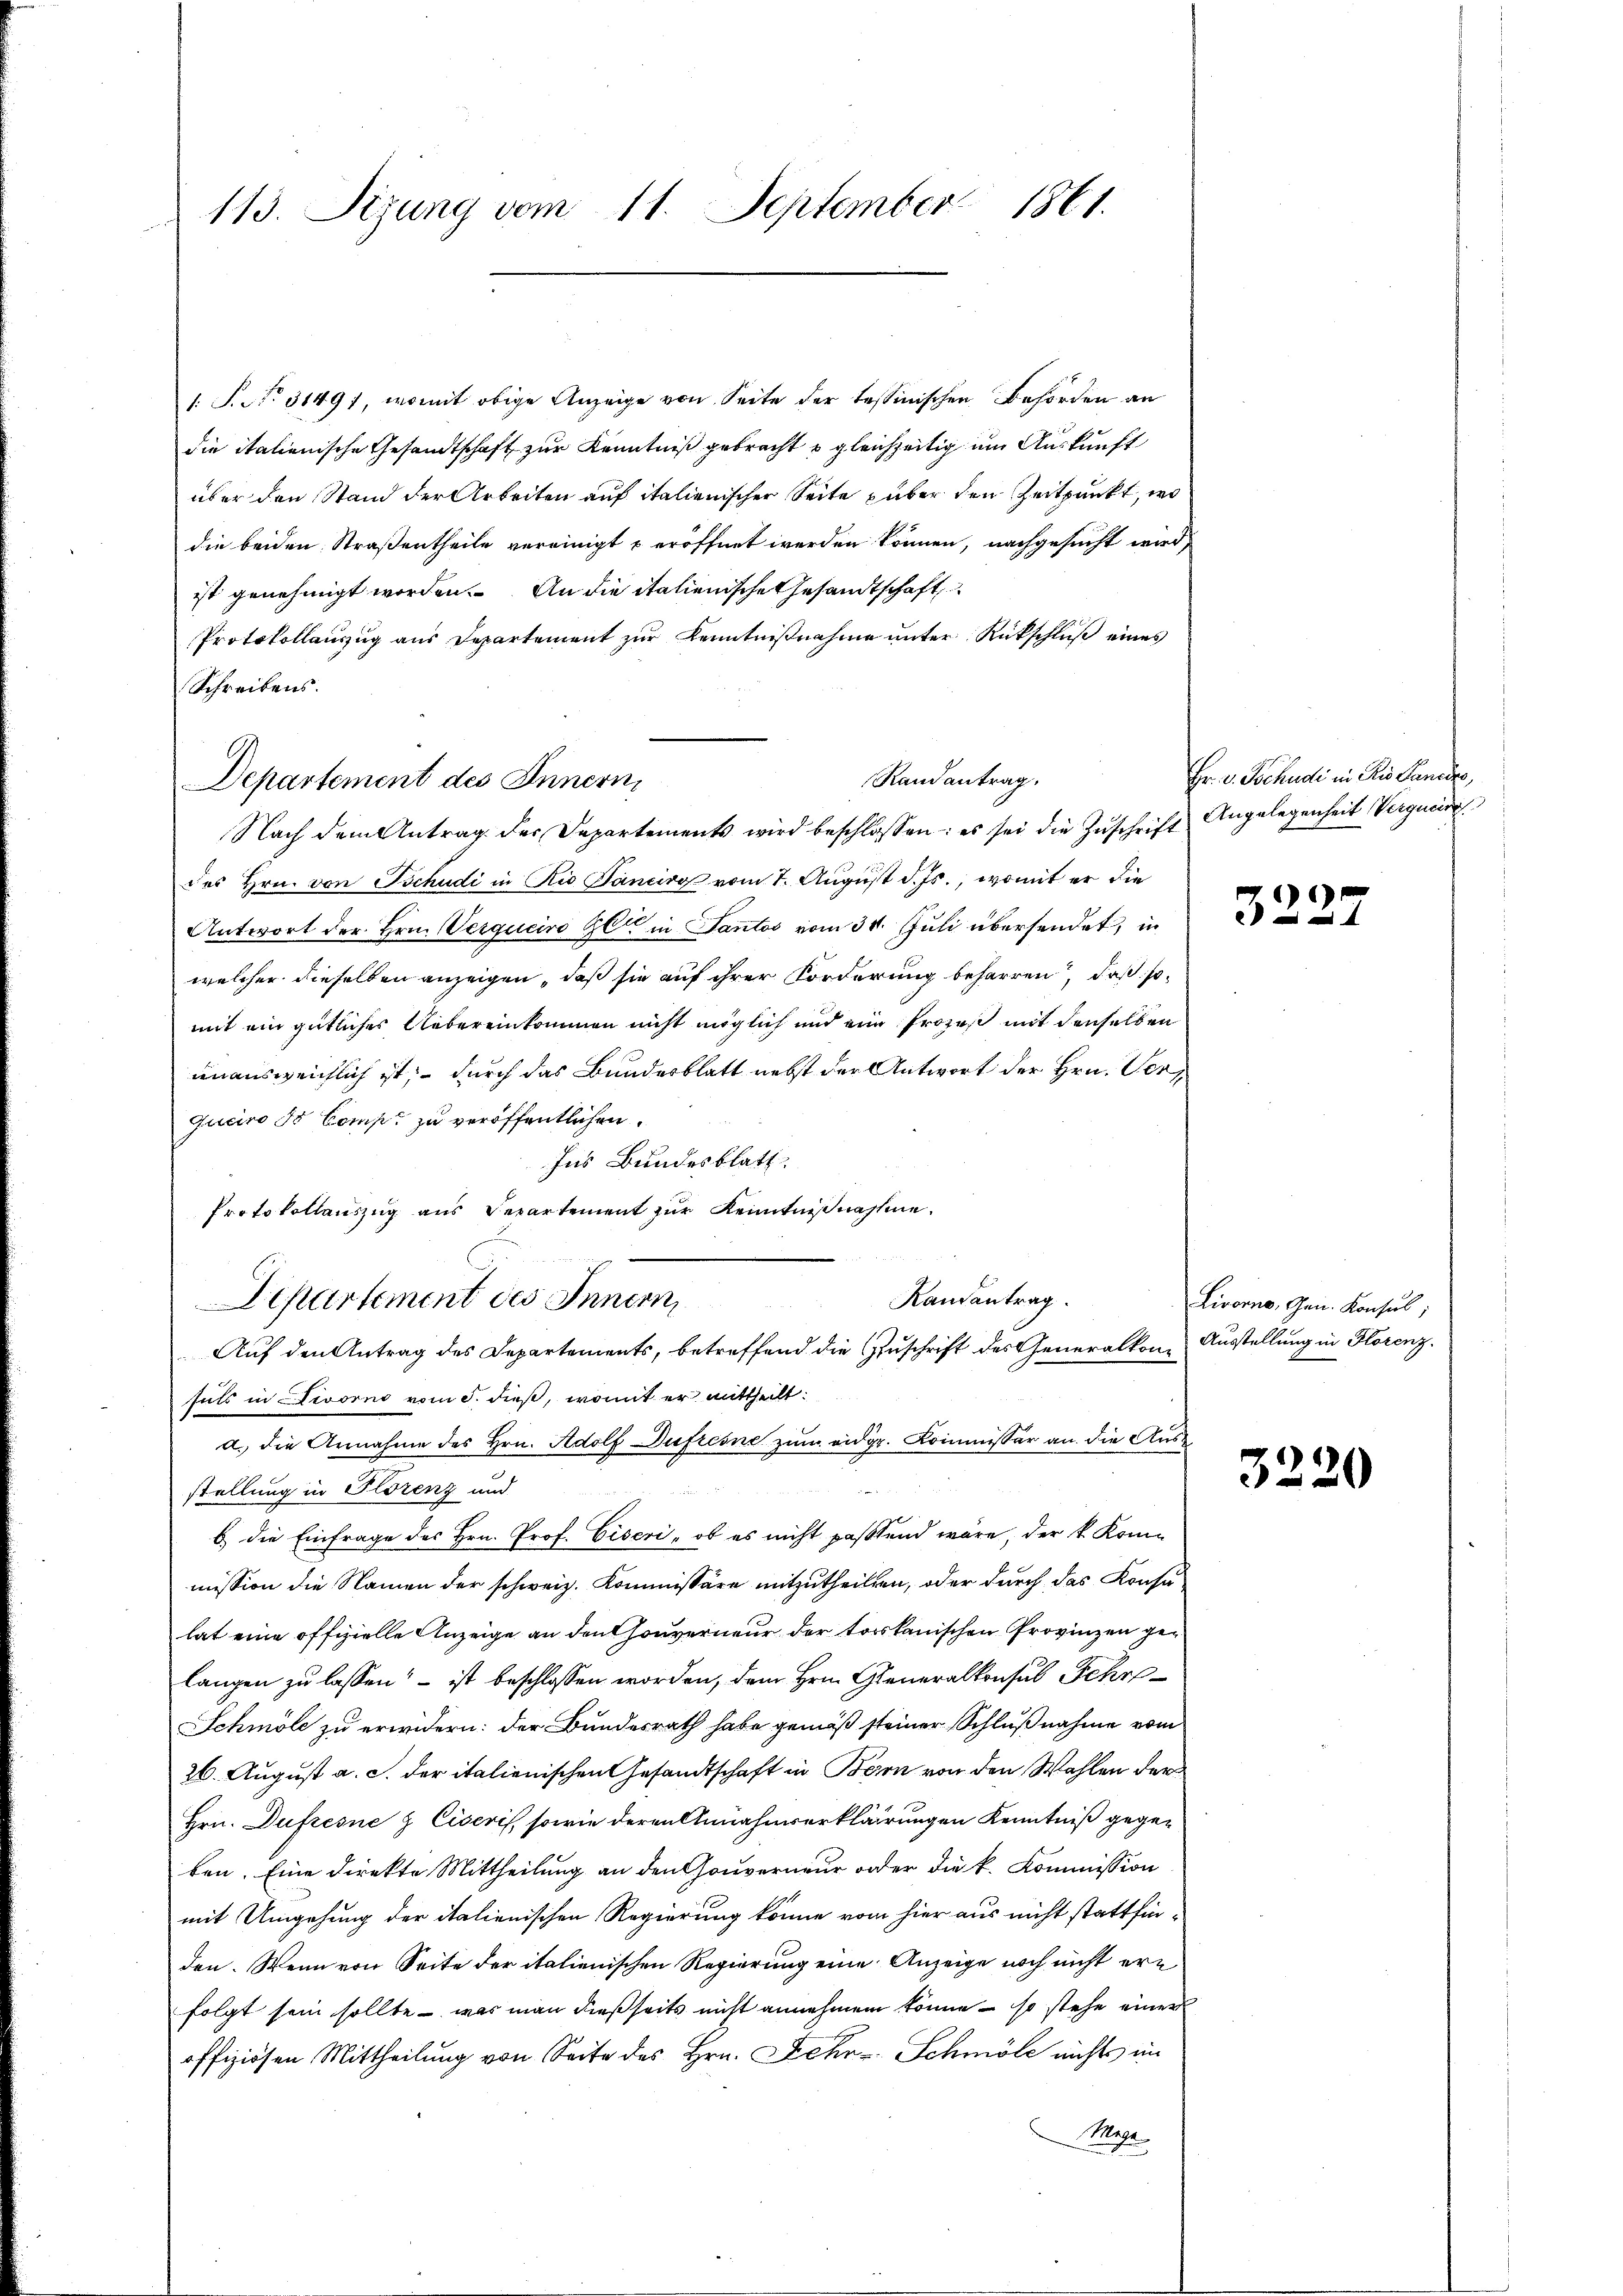
113. Sizung vom 11. September 1861.

1 S. No. 31497, womit obige Anzeige von Seite der tessinischen Behörden an
die italienische Gesandtschaft zur Kenntniß gebracht u gleichzeitig um Auskunft
über den Stand der Arbeiten auf italienischer Seite über den Zeitpunkt, wo
die beiden Straßentheile vereinigt u eröffnet werden können, nachgesucht wird,
ist genehmigt worden. An die italienische Gesandtschaft
Protokollauszug aus Departement zur Kenntnißnahme unter Rückschluß eines
Schreibens.
Nach dem Antrag der Departements wird beschlossen: es sei die Zuschrift Angelegenheit Vergneide
des Hrn. von Tschudi in Rio Sanciro vom 7. August d. Js., womit er die
Antwort der Hrn. Vergucire Gli in Santos vom 30. Juli übersendet, in
welcher dieselben anzeigen, daß sie auf ihrer Forderung beharren, daß somit ein gütliches Uebereinkommen nicht möglich und eine Prozeß mit denselben
unausweichlich ist, durch das Bundesblatt nebst der Antwort der Hrn. Verquciro 3 Comp. zu veröffentlichen.
Ins Bundesblatt.
Protokollauszug aus Separtement zur Kenntnißnahme.
Randantrag.
Departement des Innern,
Auf den Antrag des Departements, betreffend die Zuschrift des Generalkon Ausstellung in Florenz.
sals in Divorno vom 5. dieß, womit er mittheilt.
a. die Annahme des Hrn. Adolf Dufresne zum eidgr. Kommissär an die Aus¬
5
stellung in Florenz und
b.) die Einfrage des Hrn. Prof. Eiseri, ob es nicht passtend wäre, der k. Kommission die Namen der schweiz. Kommissäre mitzutheilten, oder durch das Konsuhat eine offizielle Anzeige an den Gouverneur der torkanischen Provinzen gelangen zu lassen“ – ist beschlossen worden, dem Hrn. Generalkonsul Schr
Schmöle zu erwidern: der Bundesrath habe gemäß steiner Schlußnahme vom
26. August a. c. der italienischen Gesandtschaft in Bern von den Wahlen der
Hrn. Dufresne & Eiseris, sowie deren Annahmserklärungen Kenntniß gegeben. Eine Direkte Mittheilung an den Gouverneur oder die k. Kommission
mit Umgehung der italienischen Regierung könne vom hier aus nicht stattfinden. Wenn von Seite der italienischen Regierung eine Anzeige noch nicht erfolgt sein sollte - was man dießseits nicht annehmen könne, – so stehe einer
offiziösen Mittheilung von Seite des Hrn. Fehr Schmöle nichts im
Meer.

Departement des Innern,

Randantrag.

Hr. v. Jochudi in Dis Ganeiro,

3227

Livorno, Gen. Konsul,

3220